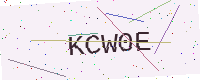
Text: KCW0E